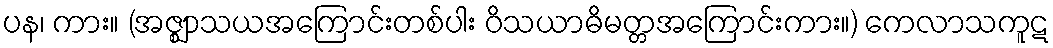
ပန၊ ကား။ (အဇ္ဈာသယအကြောင်းတစ်ပါး ဝိသယာဓိမတ္တအကြောင်းကား။) ကေလာသကူဋ